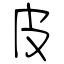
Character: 皮